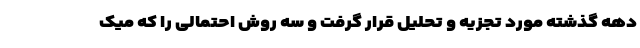
دهه گذشته مورد تجزیه و تحلیل قرار گرفت و سه روش احتمالی را که میک